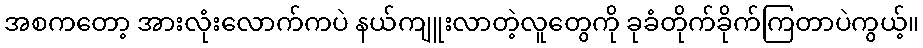
အစကတော့ အားလုံးလောက်ကပဲ နယ်ကျူးလာတဲ့လူတွေကို ခုခံတိုက်ခိုက်ကြတာပဲကွယ့်။